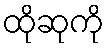
ထိုဆုကို